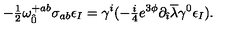
- { \textstyle \frac { 1 } { 2 } } \omega _ { \hat { 0 } } ^ { + a b } \sigma _ { a b } \epsilon _ { I } = \gamma ^ { i } ( - { \textstyle \frac { i } { 4 } } e ^ { 3 \phi } \partial _ { \hat { \imath } } \overline { { \lambda } } \gamma ^ { 0 } \epsilon _ { I } ) .